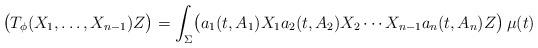
LaTeX: \begin{align*}\bigl(T_\phi(X_1,\ldots, X_{n-1}) Z\bigr)=\int_\Sigma\bigl(a_1(t,A_1)X_1 a_2(t,A_2)X_2\cdots X_{n-1}a_n(t,A_n) Z\bigr)\, \mu(t)\end{align*}